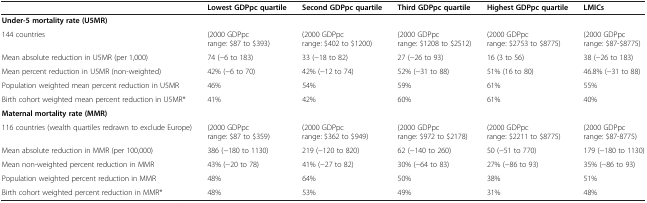
|  | Lowest GDPpc quartile | Second GDPpc quartile | Third GDPpc quartile | Highest GDPpc quartile | LMICs |
 | --- | --- | --- | --- | --- | --- |
 | Under-5 mortality rate (U5MR) |  |  |  |  |  |
 | 144 countries | (2000 GDPpc range: $87 to $393) | (2000 GDPpc range: $402 to $1200) | (2000 GDPpc range: $1208 to $2512) | (2000 GDPpc range: $2753 to $8775) | (2000 GDPpc range: $87-$8775) |
 | Mean absolute reduction in U5MR (per 1,000) | 74 (−6 to 183) | 33 (−18 to 82) | 27 (−26 to 93) | 16 (3 to 56) | 38 (−26 to 183) |
 | Mean percent reduction in U5MR (non-weighted) | 42% (−6 to 70) | 42% (−12 to 74) | 52% (−31 to 88) | 51% (16 to 80) | 46.8% (−31 to 88) |
 | Population weighted mean percent reduction in U5MR | 46% | 54% | 59% | 61% | 55% |
 | Birth cohort weighted mean percent reduction in U5MR* | 41% | 42% | 60% | 61% | 40% |
 | Maternal mortality rate (MMR) |  |  |  |  |  |
 | 116 countries (wealth quartiles redrawn to exclude Europe) | (2000 GDPpc range: $87 to $359) | (2000 GDPpc range: $362 to $949) | (2000 GDPpc range: $972 to $2178) | (2000 GDPpc range: $2211 to $8775) | (2000 GDPpc range: $87-8775) |
 | Mean absolute reduction in MMR (per 100,000) | 386 (−180 to 1130) | 219 (−120 to 820) | 62 (−140 to 260) | 50 (−51 to 770) | 179 (−180 to 1130) |
 | Mean non-weighted percent reduction in MMR | 43% (−20 to 78) | 41% (−27 to 82) | 30% (−64 to 83) | 27% (−86 to 93) | 35% (−86 to 93) |
 | Population weighted percent reduction in MMR | 48% | 64% | 50% | 38% | 51% |
 | Birth cohort weighted percent reduction in MMR* | 48% | 53% | 49% | 31% | 48% |